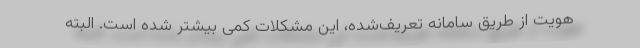
هویت از طریق سامانه تعریف‌شده، این مشکلات کمی بیشتر شده است. البته